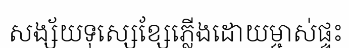
សង្ស័យទុស្សេខ្សែភ្លើងដោយម្ចាស់ផ្ទះ